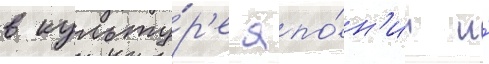
в культу́р'е япо́н'ии и́